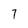
Character: 7